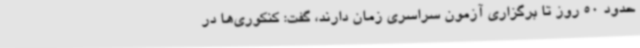
حدود 50 روز تا برگزاری آزمون سراسری زمان دارند، گفت: کنکوری‌ها در